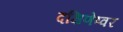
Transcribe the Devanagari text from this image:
दक्षिणेष्वर